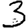
Digit: 3